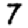
Digit: 7